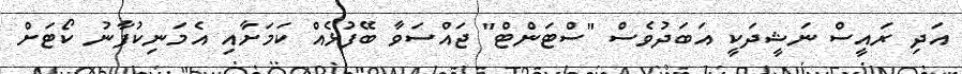
އަދި ރައީސް ނަޝީދަކީ އަބަދުވެސް "ސްޓަންޓް" ޖައްސަވާ ބޭފުޅެއް ކަމަށާއި އެމަނިކުފާނު ކޯޓަށް